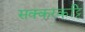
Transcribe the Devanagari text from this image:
सक्करकट्टि